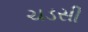
ચડસી